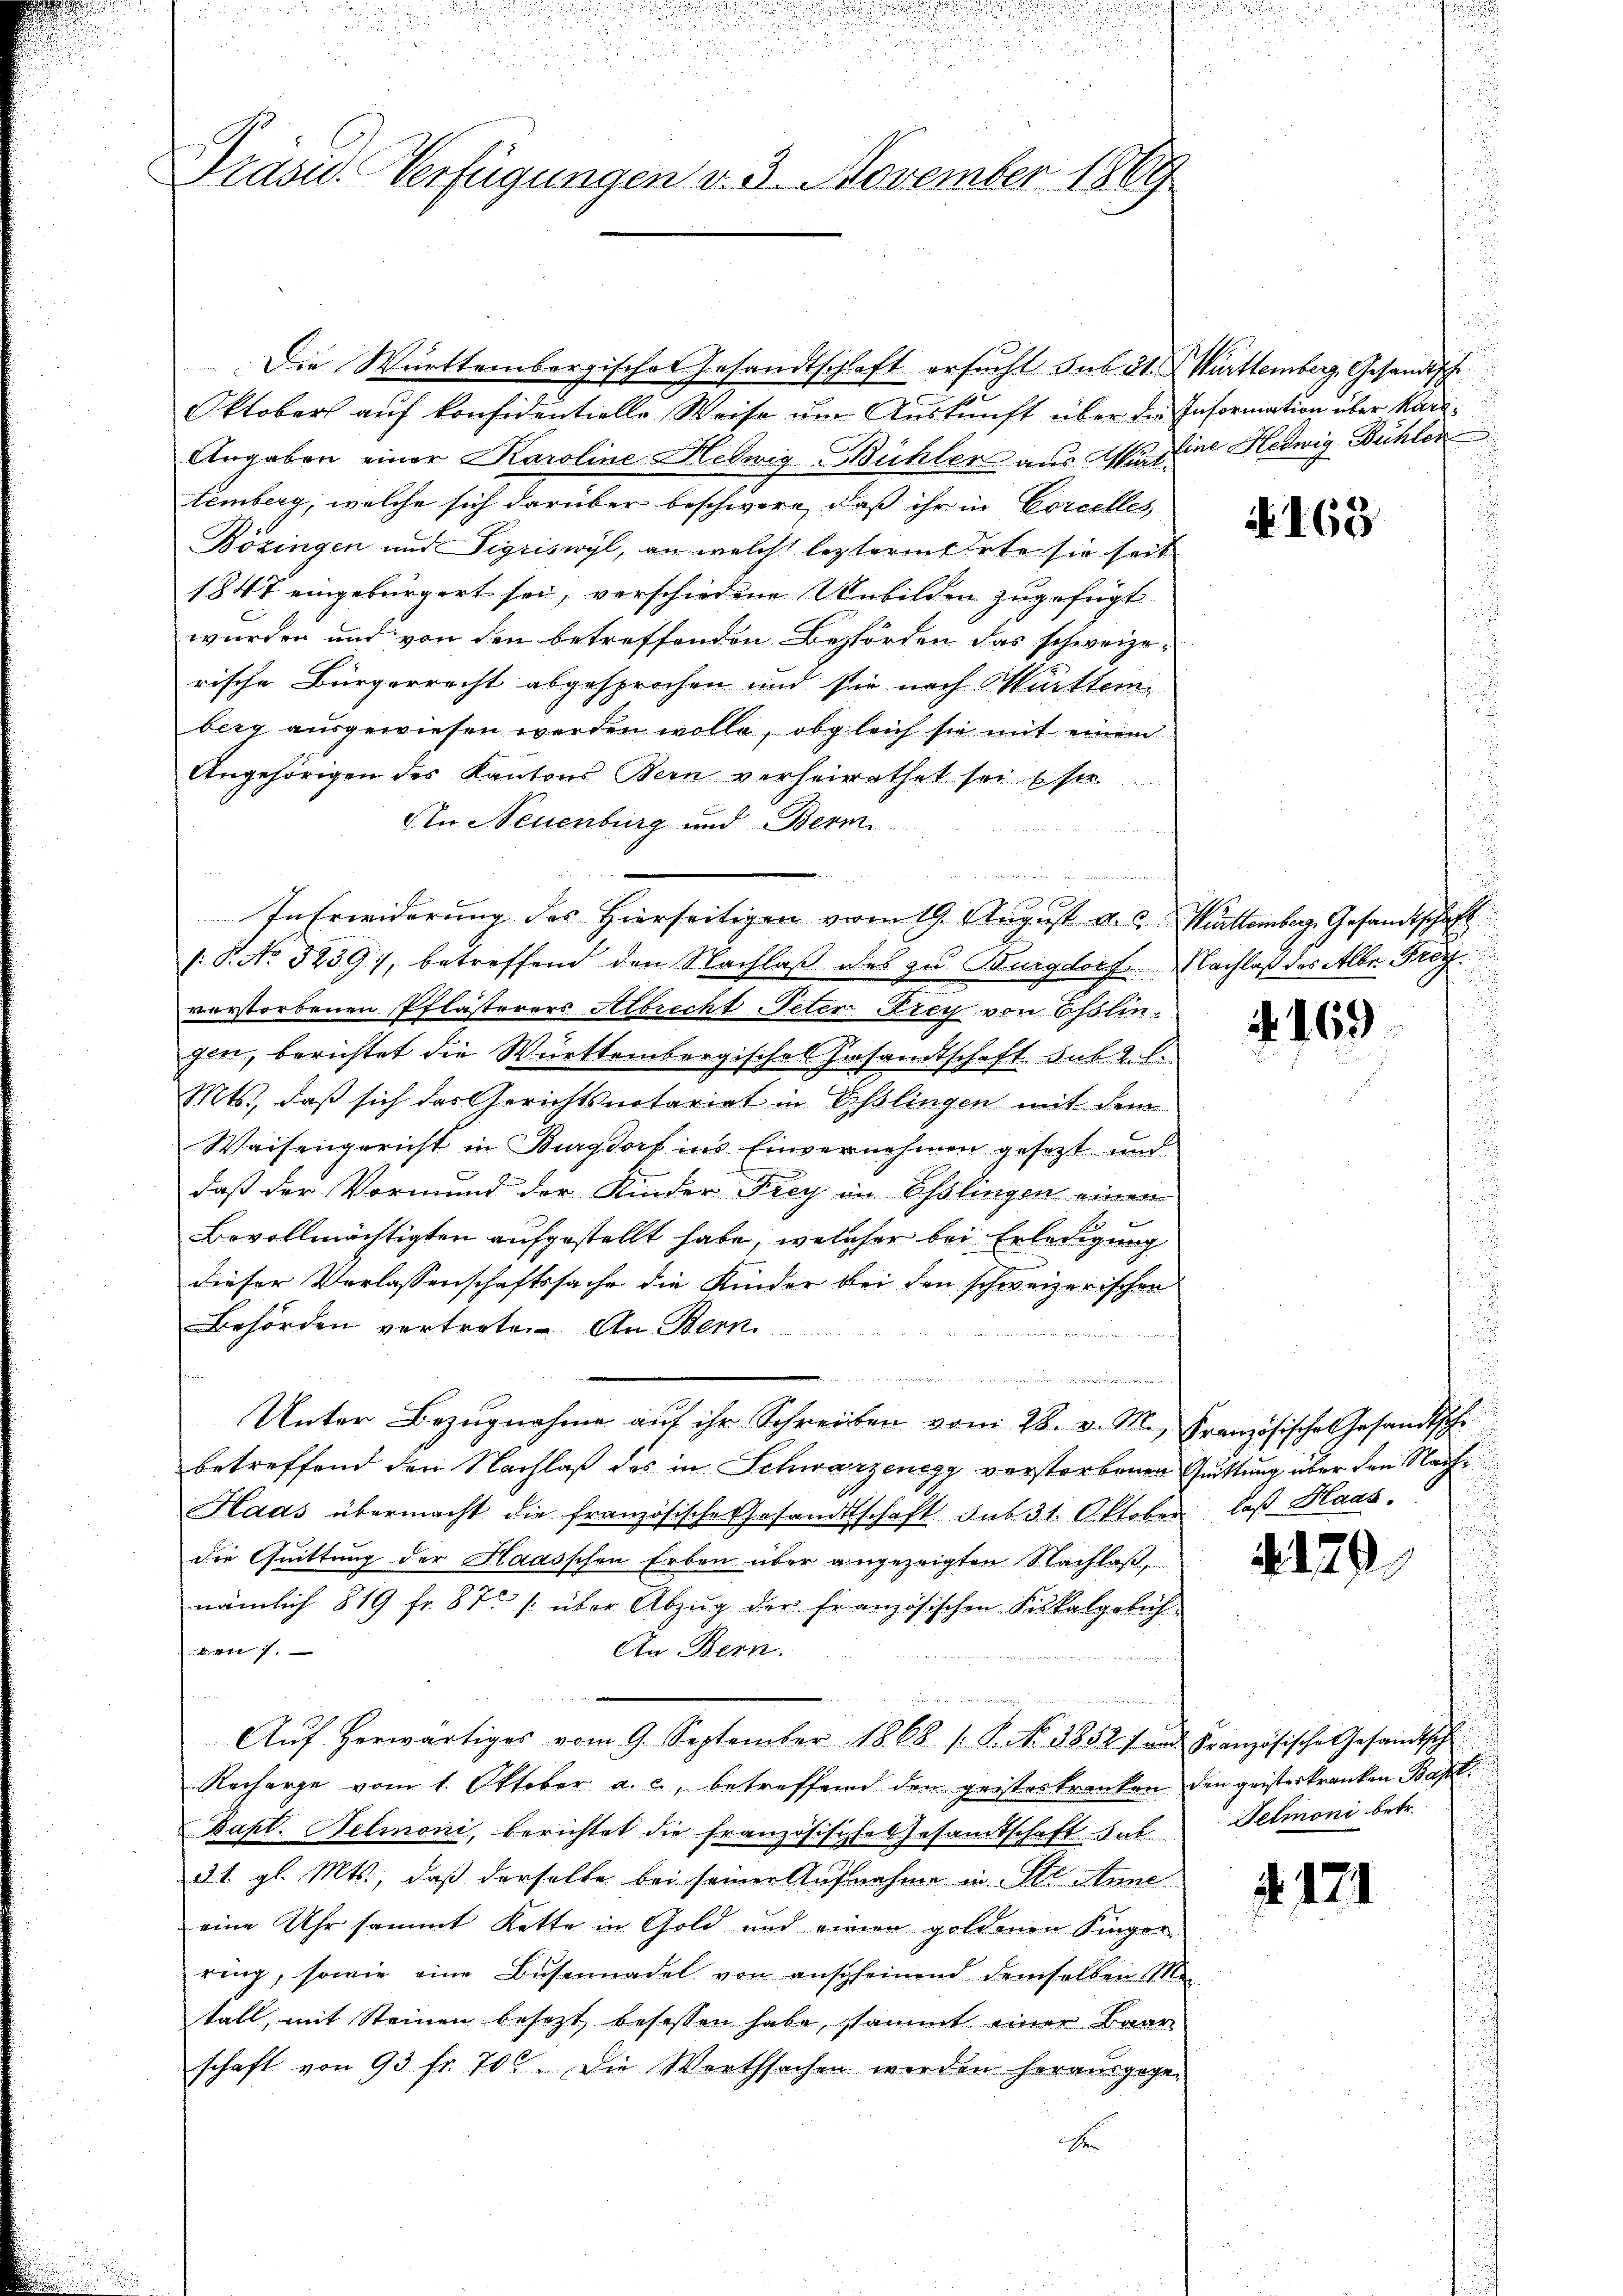
Präsid.. Verfügungen v. 3. November 1869

Die Württembergisches Gesandtschaft ersucht sub 31. Württemberg, Gesandische
Oktober auf konsidentielle Weise um Auskunft über die Information über Karl¬
Urgaben einer Karoline Helwig Bühler aus Marline Hedwig Bühler
temberg, welche sich darüber beschwere, daß ihr in Corcelles
Bözingen und Sigriswyl, an welche leztermierte sie seit
1847 eingebürgert sei, verschiedene Unbilden zugefügt.
wurden und von den betreffenden Behörden das schweizerische Bürgerrecht abgesprochen und sie nach Württemberg ausgewiesen werden wolle, obgleich sie mit einem
Angehörigen des Kantons Bern verheirathet sei ste
An Neuenburg und Berm

In Erwiderung des Hierseitigen vom 19. August a. u. Württemberg. Gesandtschaft
/: P. No. 3239), betreffend den Nachlaß des zu Burgdorf Nachlaß des Alber Frag
vorstorbenen Pflästerers Albrecht Peter Krey von Esslingen, berichtet die Württembergisches Gesandtschaft sub 2. l.
Mts., daß sich das Gerichtsnotariat in Esslingen mit dem
Waisengericht in Burgdorf ins Einvernehmen gesezt und
daß der Vormund der Kinder Frey in Esslingen einen
Bevollmächtigten aufgestellt habe, welcher bei Erledigung
dieser Verlassenschaftssache die Kinder bei den schweizerischen
Behörden vertreten. An Bern
.
.

Unter Bezugnahme auf ihr Schreiben vom 28. v. M., Französisches Gesandtsch
betreffend den Nachlaß des in Schwarzenegg verstorbenen Quittung über den Nach¬
Haas übermacht die französische Gesandtschaft sub 31. Oktober las Haas,
die Quittung der Haasschen Erben über angezeigten Nachlaß,
nämlich 819. fr. 87. /: über Abzŭg der französischen Fiskalgelich
von 1.
An Bern
Aŭf herwärtiges vom 9. September 1868 (P. No. 1852 und Französische Gesandtsch
Recharge vom 1. Oktober a. c. betreffend den geisteskranken den geisterkranken Bapti
Bapt. Helmoni, berichtet die französisches Gesandtschaft sub
31. gl. Mts., daß derselbe bei seiner Aufnahme in Str. Anne
eine Uhr sammt Kette in Gold und einen goldenen Singerring, sowie eine Busenadel von anscheinend demselben Me
tall, mit Steinen besezt besessen habe, stammt einer Baar
schaft von 93 fr. 700. Die Worthsachen werden herausgege-
d

und

N 168

if. 169

a. 179

Felmoni betr.

. 171